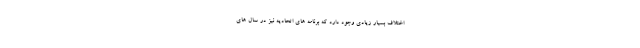
اختلاف بسیار زیادی وجود دارد که برنامه های اتحادیه نیز در سال های